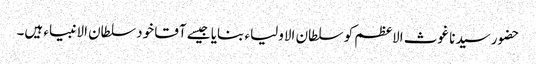
حضور سیدنا غوث الاعظم کو سلطان الاولیاء بنایا جیسے آقا خود سلطان الانبیاء ہیں۔